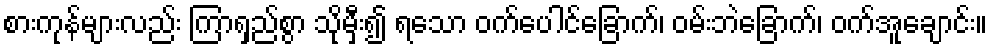
စားကုန်များလည်း ကြာရှည်စွာ သိုမှီး၍ ရသော ဝက်ပေါင်ခြောက်၊ ဝမ်းဘဲခြောက်၊ ဝက်အူချောင်း။